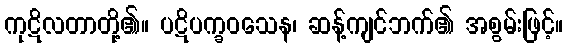
ကုဋိလတာတို့၏။ ပဋိပက္ခဝသေန၊ ဆန့်ကျင်ဘက်၏ အစွမ်းဖြင့်။